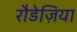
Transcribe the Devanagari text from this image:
रौडेज़िया